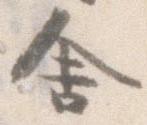
舎